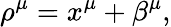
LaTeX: \rho^{\mu}=x^{\mu}+\beta^{\mu},